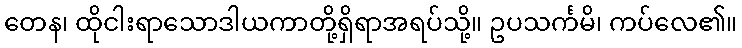
တေန၊ ထိုငါးရာသောဒါယကာတို့ရှိရာအရပ်သို့။ ဥပသင်္ကမိ၊ ကပ်လေ၏။